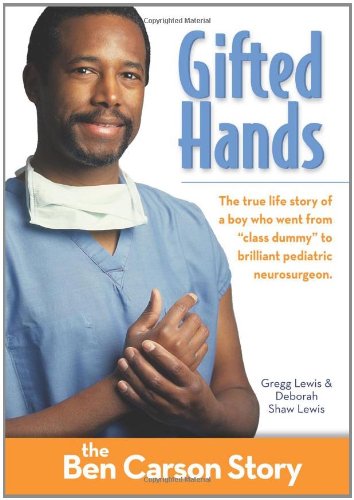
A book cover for Gifted Hands, Kids Edition: The Ben Carson Story (ZonderKidz Biography); Gregg Lewis; Christian Books & Bibles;